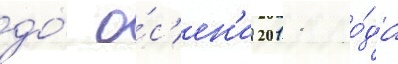
до́ о́с'ен'и 2011 го́да